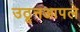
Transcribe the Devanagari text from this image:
उठूनआपले